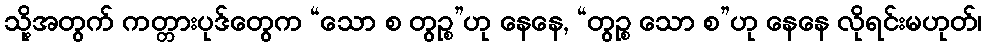
သို့အတွက် ကတ္တားပုဒ်တွေက “သော စ တွဉ္စ”ဟု နေနေ, “တွဉ္စ သော စ”ဟု နေနေ လိုရင်းမဟုတ်၊